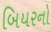
બિયરનો